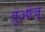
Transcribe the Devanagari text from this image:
तुओजू